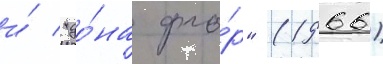
и́ "до́на фло́р" (1966)